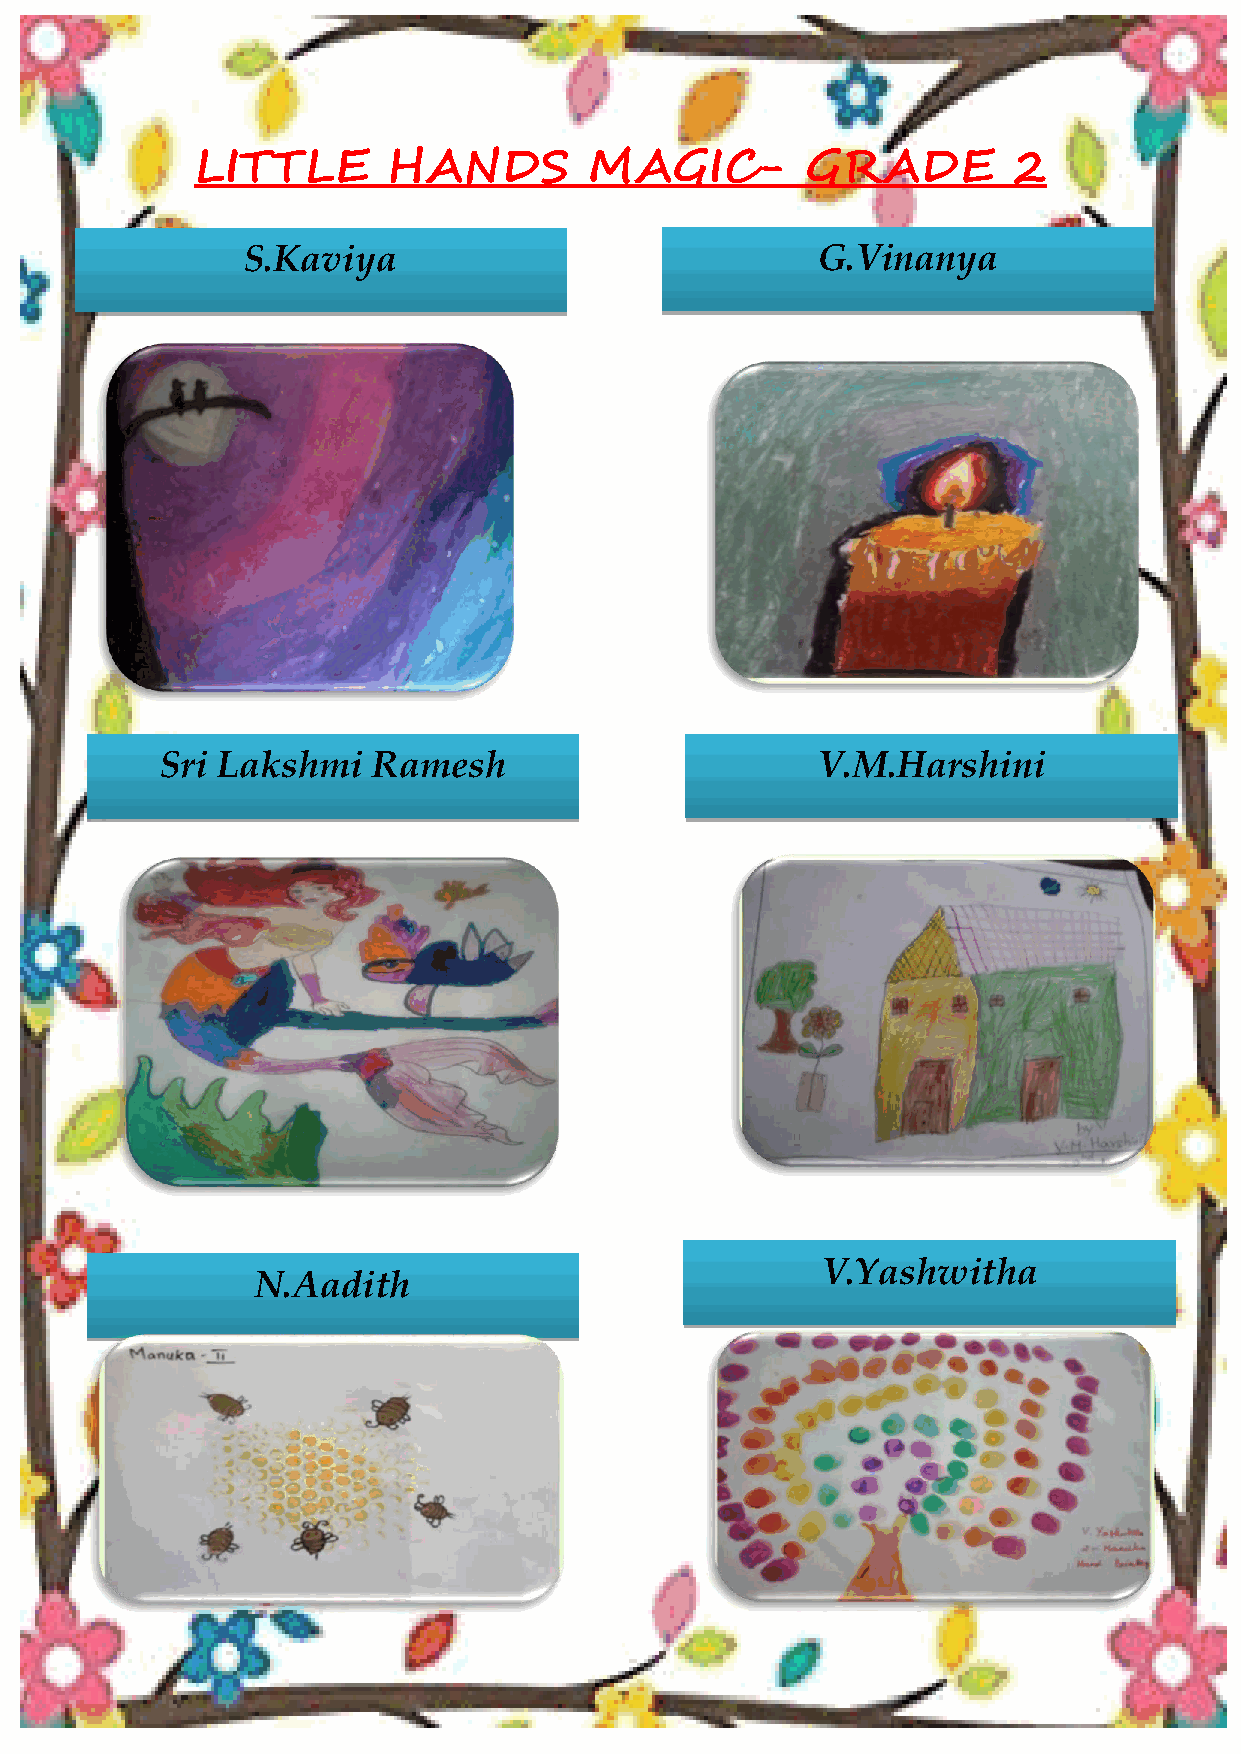
HONEY VIBES
 LITTLE       HANDS        MAGIC-        GRADE         2
 S.Kaviya                              G.Vinanya
 Sri Lakshmi   Ramesh                       V.M.Harshini
 V.Yashwitha
 N.Aadith
 30